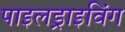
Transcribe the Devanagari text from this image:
पाइलड्राइविंग